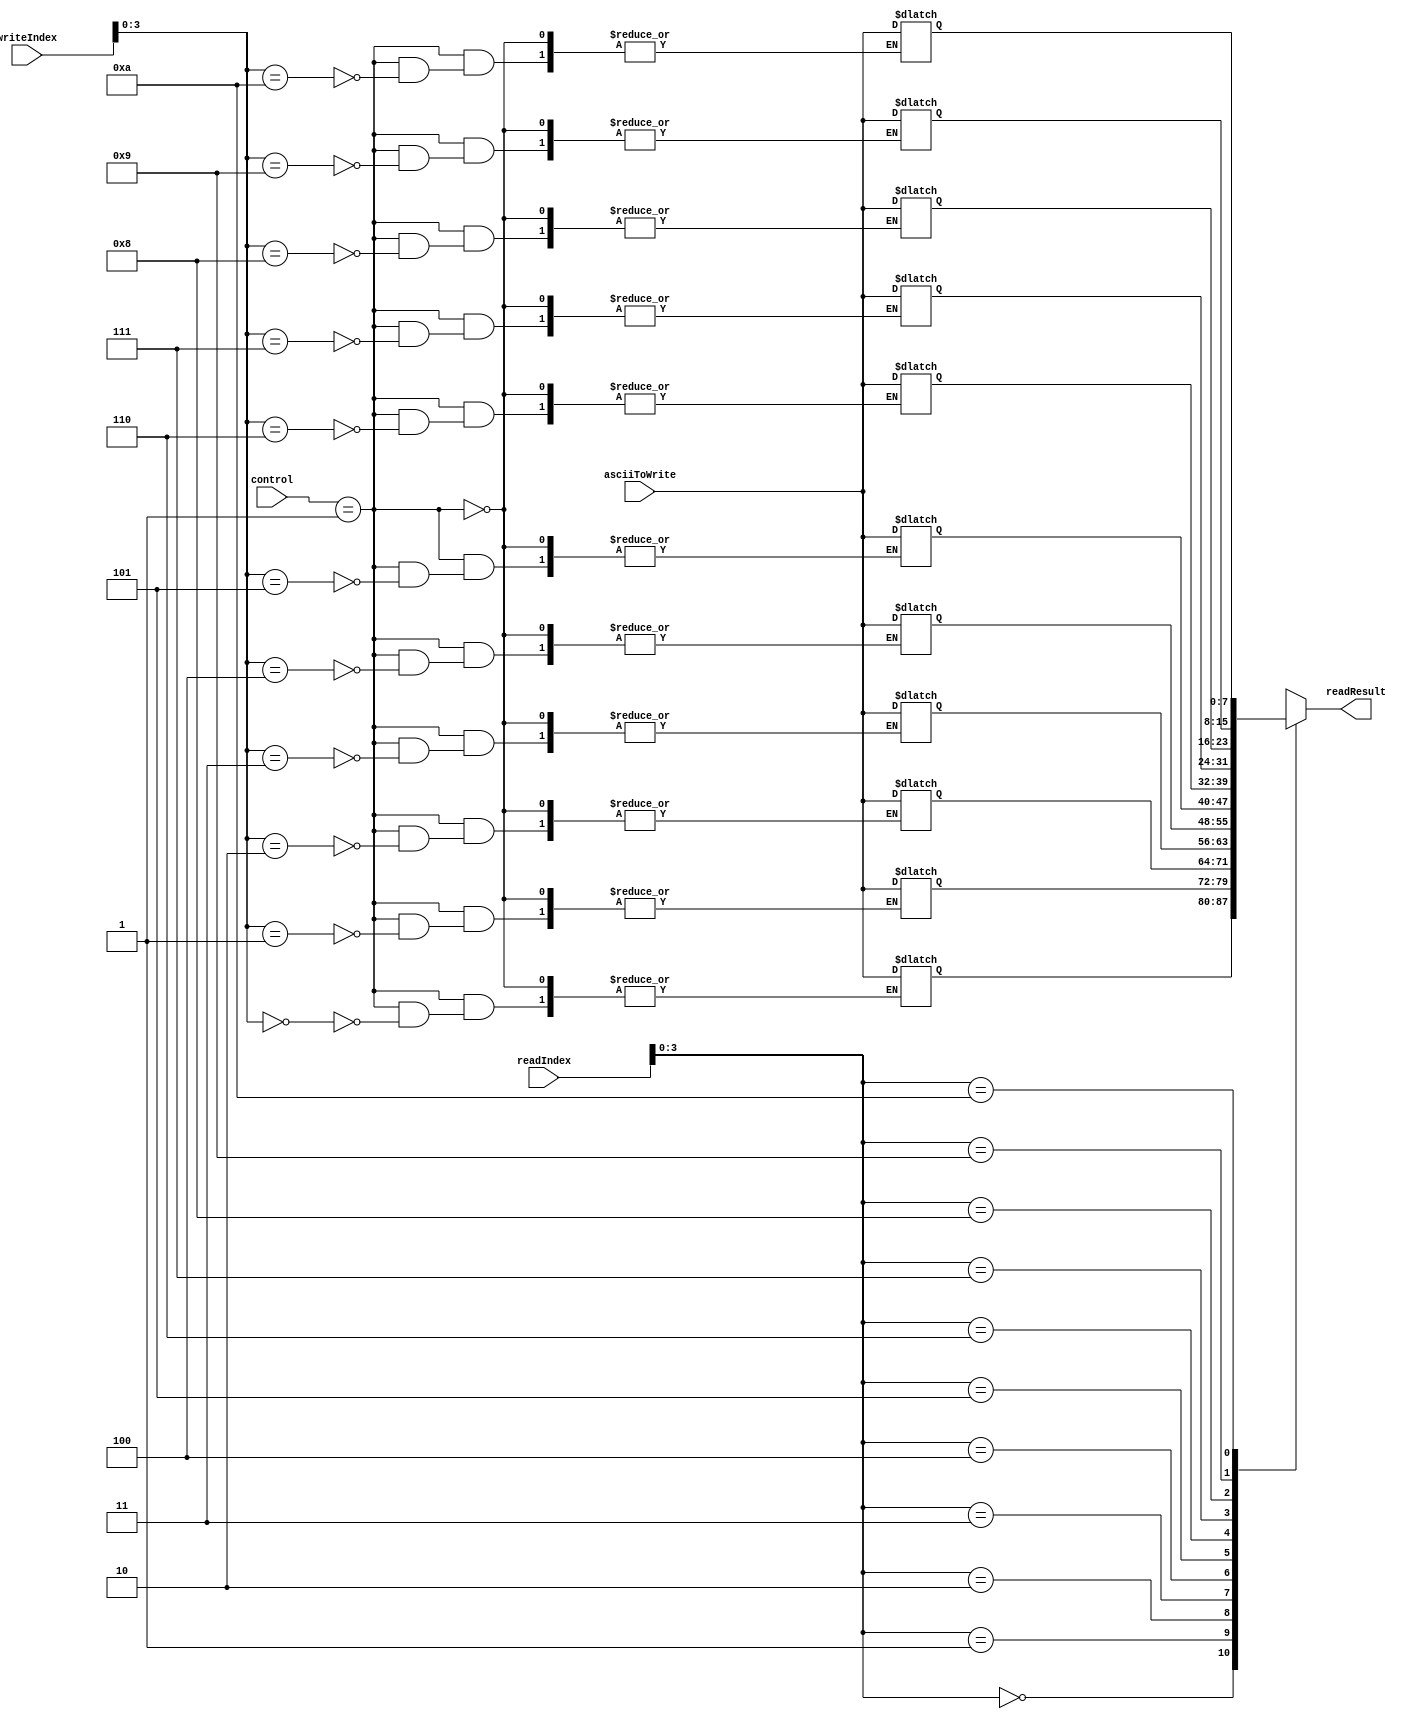
module GraphicMemory (
  input [13:0] readIndex,
  input [13:0] writeIndex,
  input [7:0] asciiToWrite,
  input [1:0] control,
  output [7:0] readResult
);

//reg [7:0] memory [2559:0]; // 64*40
reg [7:0] memory [10:0]; // 64*40

assign readResult = memory[readIndex];

always @ (writeIndex or asciiToWrite or control)
  if (control == 2'b01)
    memory[writeIndex] = asciiToWrite;

endmodule